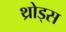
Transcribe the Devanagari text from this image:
थ्रोड्स